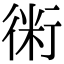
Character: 𧗱